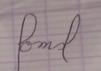
Signature authenticity: forged